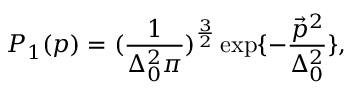
P _ { 1 } ( p ) = ( \frac { 1 } { \Delta _ { 0 } ^ { 2 } \pi } ) ^ { \frac { 3 } { 2 } } \exp \{ - \frac { \vec { p } ^ { 2 } } { \Delta _ { 0 } ^ { 2 } } \} ,